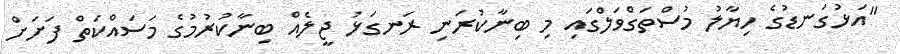
"އަޅުގަނޑުގެ ހިޔާލު މުސްތަގްވަލްގައި މި ބިނާކުރަނި ރަނގަޅު ޖީލެއް ބިނާކުރުމުގެ މަސައްކަތް ފަށަށް